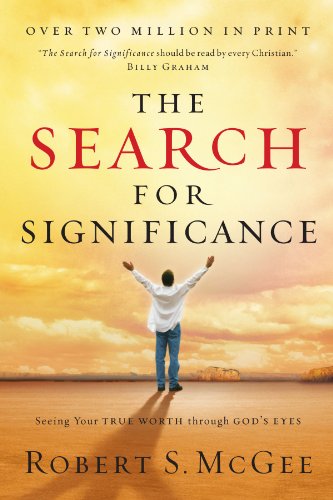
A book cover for The Search For Significance: Seeing Your True Worth Through God's Eyes; Robert McGee; Christian Books & Bibles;